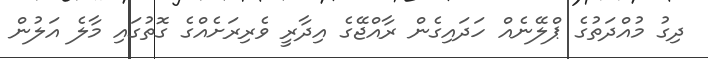
ދިގު މުއްދަތުގެ ޕްލޭނެއް ހަދައިގެން ރާއްޖޭގެ އިދާރީ ވެރިރަށެއްގެ ގޮތުގައި މާލެ އަލުން